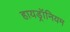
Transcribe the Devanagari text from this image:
हायड्रॉनियम